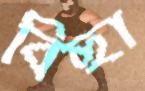
বিছা